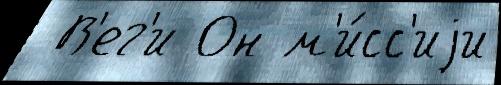
 В'ег'и Он м'и́сс'иjи